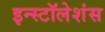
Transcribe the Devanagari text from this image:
इन्स्टॉलेशंस